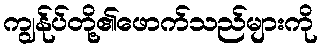
ကျွန်ုပ်တို့၏ဖောက်သည်များကို